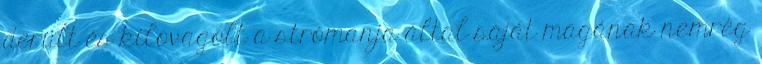
derült és kilovagolt a strómanja által saját magának nemrég